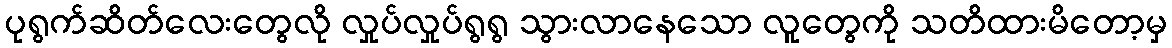
ပုရွက်ဆိတ်လေးတွေလို လှုပ်လှုပ်ရွရွ သွားလာနေသော လူတွေကို သတိထားမိတော့မှ